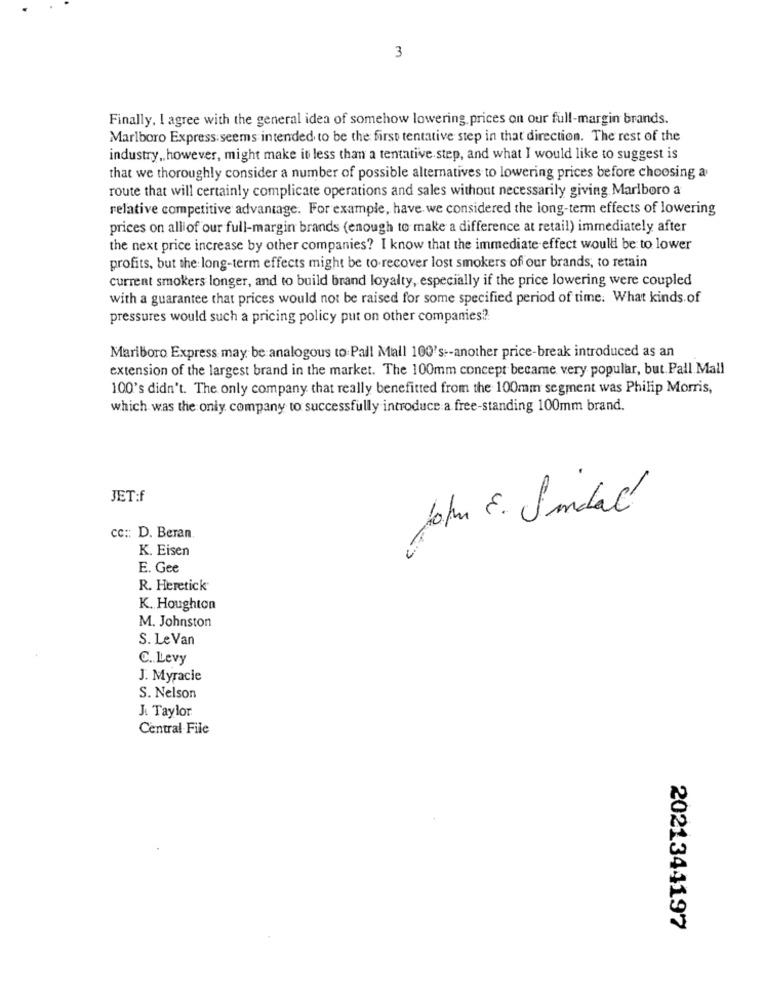
3
Finally, I agree with the general idea of somehow lowering, prices on our full-margin brands.
Marlboro Express seems intended to be the first tentative step in that direction. The rest of the
industry ,. however, might make it less than a tentative step, and what I would like to suggest is
that we thoroughly consider a number of possible alternatives to lowering prices before choosing a
route that will certainly complicate operations and sales without necessarily giving Marlboro a
relative competitive advantage. For example, have we considered the long-term effects of lowering
prices on alliof our full-margin brands (enough to make a difference at retail) immediately after
the next price increase by other companies? I know that the immediate effect would be to lower
profits, but the long-term effects might be to recover lost smokers of our brands, to retain
current smokers longer, and to build brand loyalty, especially if the price lowering were coupled
with a guarantee that prices would not be raised for some specified period of time. What kinds of
pressures would such a pricing policy put on other companies?
Mariboro Express may be analogous to Pall Mall 100's :- another price-break introduced as an
extension of the largest brand in the market. The 100mm concept became very popular, but. Pall Mall
100's didn't. The only company that really benefitted from the 100mm segment was Philip Morris,
which was the only company to successfully introduce a free-standing 100mm brand.
JET:f
John E. Sindal
cc :: D. Beran.
K. Eisen
E. Gee
R. Heretick
K. Houghton
M. Johnston
S. Le Van
C. Levy
J. Myracie
S. Nelson
J. Taylor
Central File
2021344197